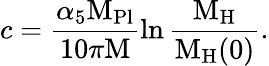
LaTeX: c=\frac{\alpha_{5}{\mathrm{M}_{\mathrm{Pl}}}}{10\pi\mathrm{M}}\ln{\frac{\mathrm{M}_{\mathrm{H}}}{\mathrm{M}_{\mathrm{H}}(0)}}.